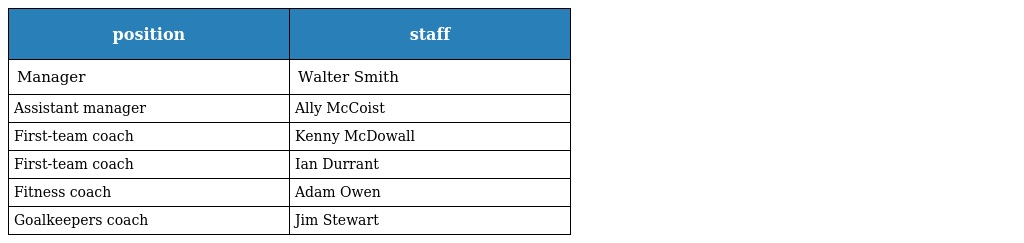
| position | staff |
 | --- | --- |
 | Manager | Walter Smith |
 | Assistant manager | Ally McCoist |
 | First-team coach | Kenny McDowall |
 | First-team coach | Ian Durrant |
 | Fitness coach | Adam Owen |
 | Goalkeepers coach | Jim Stewart |